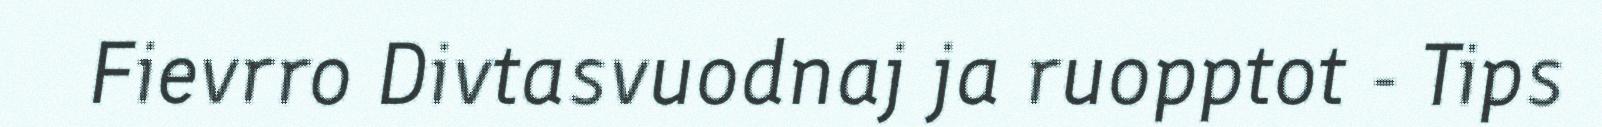
Fievrro Divtasvuodnaj ja ruopptot - Tips